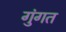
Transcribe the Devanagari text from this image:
गुंगत